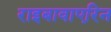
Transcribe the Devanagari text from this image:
राइबावाएरिन